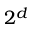
2 ^ { d }